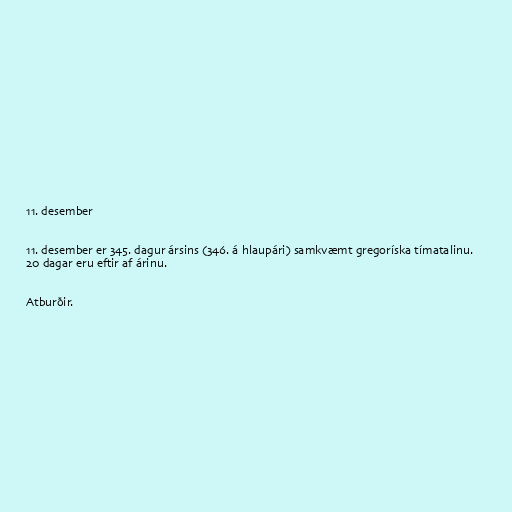
11. desember

11. desember er 345. dagur ársins (346. á hlaupári) samkvæmt gregoríska tímatalinu.
20 dagar eru eftir af árinu.

Atburðir.